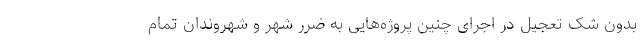
بدون شک تعجیل در اجرای چنین پروژه‌هایی به ضرر شهر و شهروندان تمام